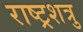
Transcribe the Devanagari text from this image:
राष्ट्रशत्रु